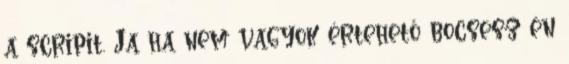
a scripit. Ja ha nem vagyok értehető bocsesz én